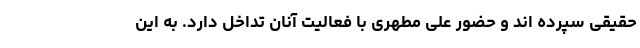
حقیقی سپرده اند و حضور علی مطهری با فعالیت آنان تداخل دارد. به این